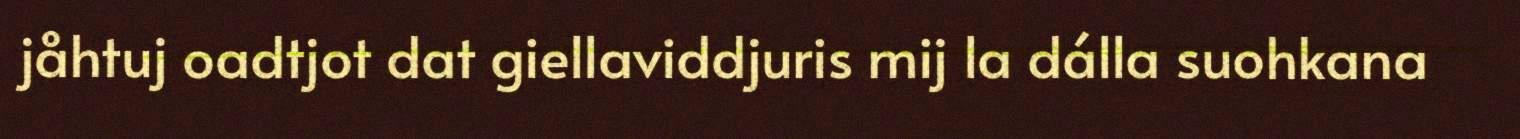
jåhtuj oadtjot dat giellaviddjuris mij la dálla suohkana